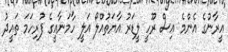
އީރާނުގެ އެންމެ އިސް ރޫހީ ލީޑަރު އާޔަތުއްލޯ އަލީ ހާމަނާއީގެ ފުރިހަމަ ތައީދު